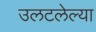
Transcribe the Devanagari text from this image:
उलटलेल्या